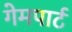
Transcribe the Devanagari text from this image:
गेमपार्ट